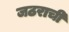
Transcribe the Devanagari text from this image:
जठराची